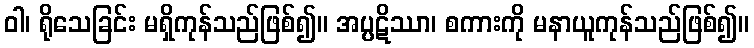
ဝါ၊ ရိုသေခြင်း မရှိကုန်သည်ဖြစ်၍။ အပ္ပဋိဿာ၊ စကားကို မနာယူကုန်သည်ဖြစ်၍။